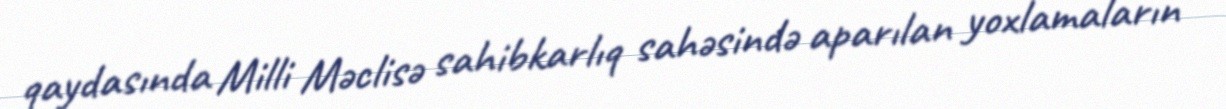
qaydasında Milli Məclisə sahibkarlıq sahəsində aparılan yoxlamaların